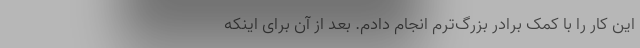
این کار را با کمک برادر بزرگ‌ترم انجام دادم. بعد از آن برای اینکه